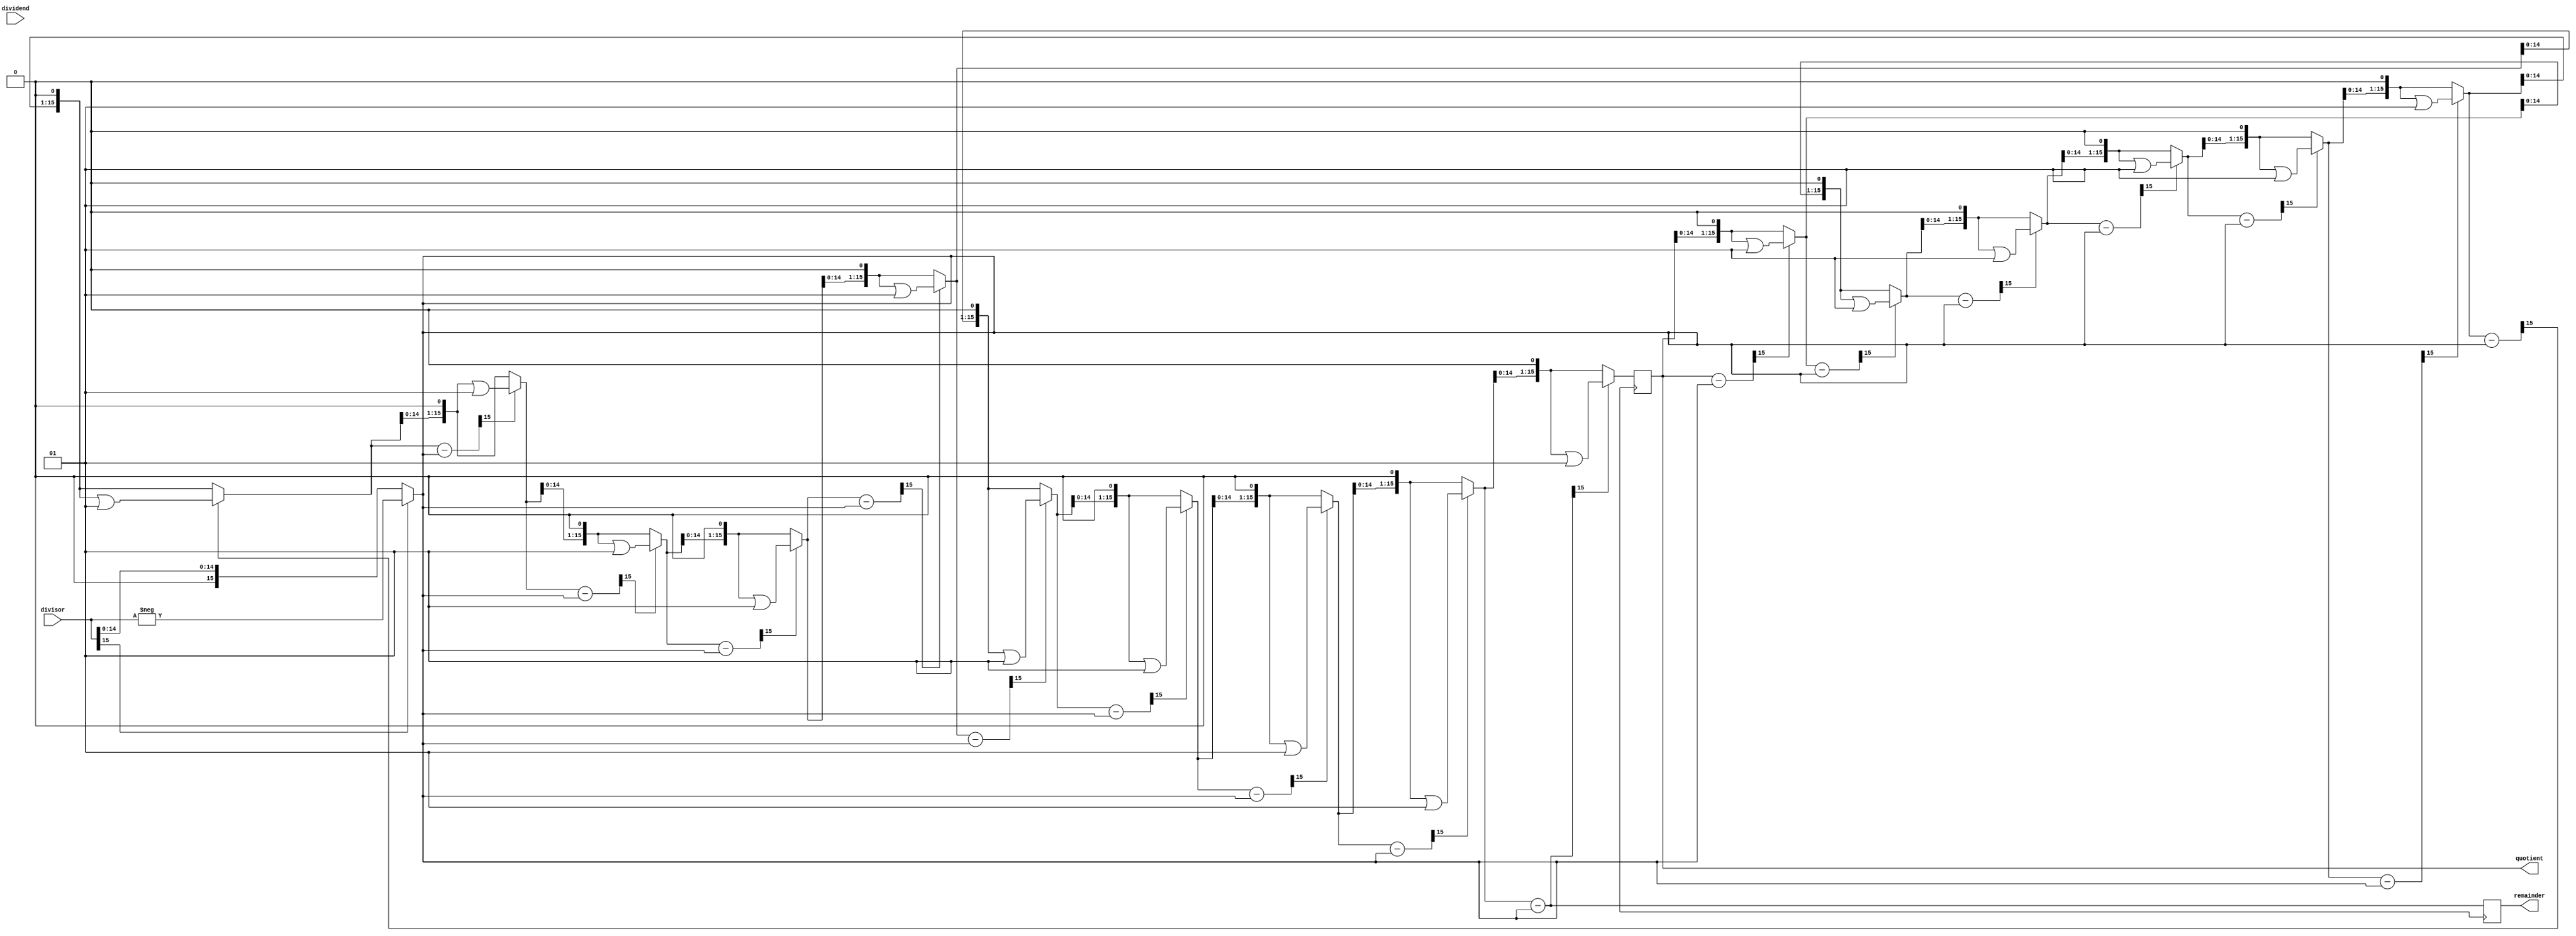
module non_restoring_divider (
    input signed [15:0] dividend,
    input signed [15:0] divisor,
    output reg signed [15:0] quotient,
    output reg signed [15:0] remainder
);

reg signed [15:0] numerator;
reg signed [15:0] negative_dividend;
reg signed [15:0] negative_divisor;
reg signed [15:0] difference;
reg signed [15:0] temp;
reg signed [15:0] temp_shifted;

reg [4:0] count;

always @(posedge CLK) begin
    // Determine sign of dividend and divisor
    if (dividend[15] == 1)
        negative_dividend = -dividend;
    else
        negative_dividend = dividend;
    
    if (divisor[15] == 1)
        negative_divisor = -divisor;
    else
        negative_divisor = divisor;
    
    // Initialize numerator and quotient
    numerator <= negative_dividend;
    quotient <= 0;
    
    for (count = 0; count < 16; count = count + 1) begin
        // Shift numerator and quotient to the left
        temp_shifted = {numerator, quotient};
        
        // Perform subtraction
        difference = temp_shifted - negative_divisor;
        
        if (difference[15] == 1) begin
            // Increment quotient and restore numerator
            quotient = quotient << 1 | 1;
            numerator = difference;
        end else begin
            // Shift quotient to the left
            quotient = quotient << 1;
            numerator = difference;
        end
    end
    
    // Calculate remainder
    remainder = numerator;
end

endmodule